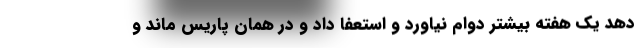
دهد یک هفته بیشتر دوام نیاورد و استعفا داد و در همان پاریس ماند و